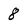
Character: 8